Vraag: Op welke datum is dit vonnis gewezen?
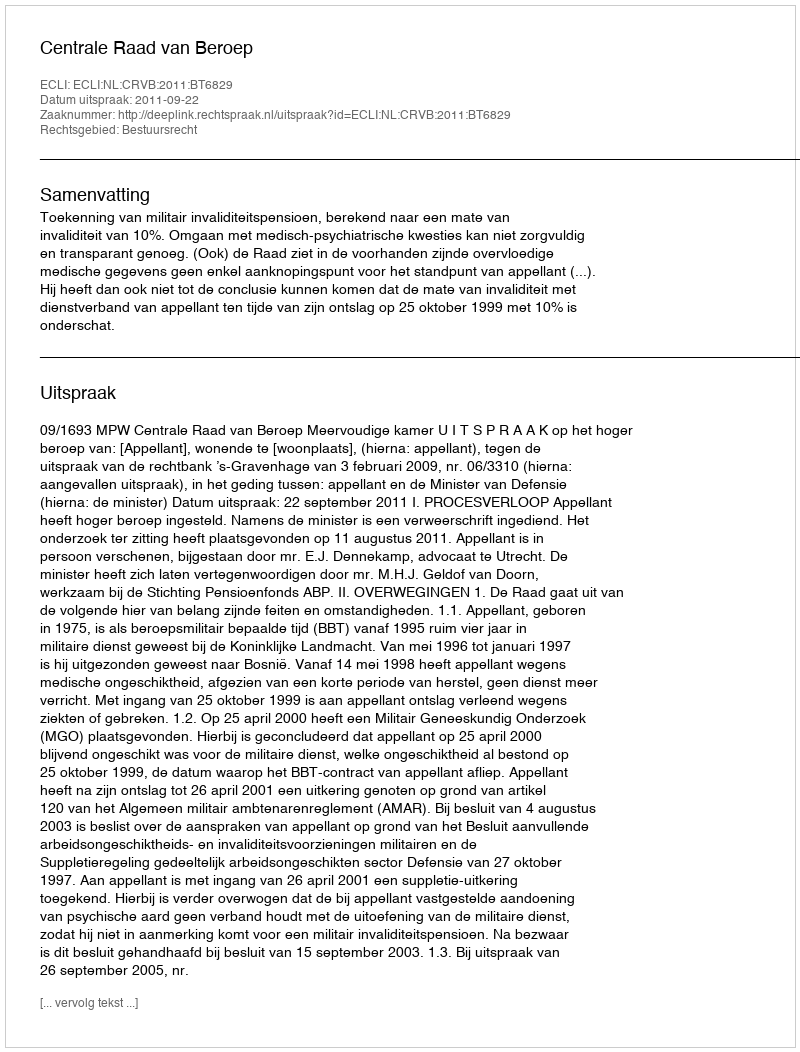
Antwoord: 2011-09-22